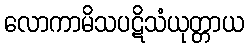
လောကာမိသပဋိသံယုတ္တာယ